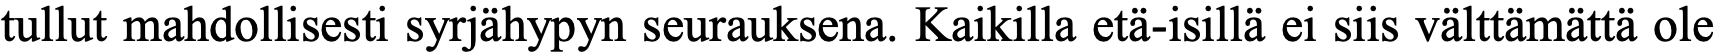
tullut mahdollisesti syrjähypyn seurauksena. Kaikilla etä-isillä ei siis välttämättä ole